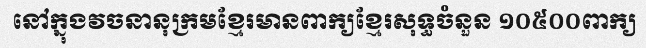
នៅក្នុងវចនានុក្រមខ្មែរមានពាក្យខ្មែរសុទ្ធចំនួន ១០៥០០ពាក្យ